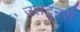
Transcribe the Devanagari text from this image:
उलटूनही